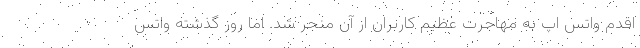
اقدم واتس اپ به مهاجرت عظیم کاربران از آن منجر شد. اما روز گذشته واتس